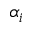
\alpha _ { i }